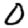
Digit: 0